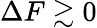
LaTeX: \Delta F\gtrsim 0